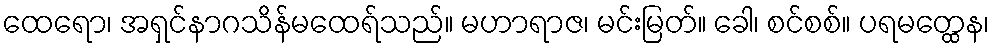
ထေရော၊ အရှင်နာဂသိန်မထေရ်သည်။ မဟာရာဇ၊ မင်းမြတ်။ ခေါ၊ စင်စစ်။ ပရမတ္ထေန၊